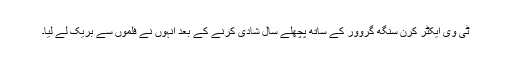
ٹی وی ایکٹر کرن سنگھ گروور کے ساتھ پچھلے سال شادی کرنے کے بعد انہوں نے فلموں سے بریک لے لیا۔